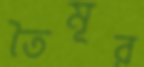
তৈমূর